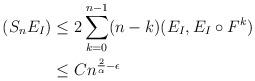
LaTeX: \begin{align*}(S_n E_I )&\le 2\sum_{k=0}^{n-1} (n-k) ( E_I, E_I\circ F^k)\\&\leq C n^{\frac{2}{\alpha}-\epsilon}\end{align*}